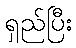
ရှည်ပြီး